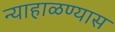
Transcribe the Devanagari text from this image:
न्याहाळण्यास